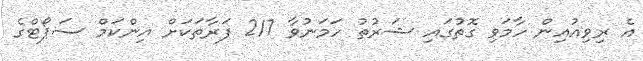
އެ ރިވިއުއިން ހާމަވި ގޮތުގައި ޝަރުތު ހަމަނުވާ 217 ފަރާތަކަށް އިންކަމް ސަޕޯޓްގެ